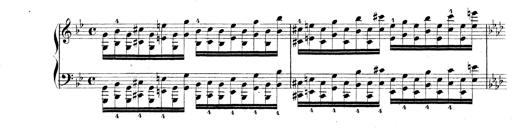
Title: Technische Studien
Composer: Franz Liszt